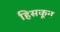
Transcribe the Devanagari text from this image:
हिसकून